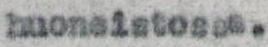
huoneistossa.